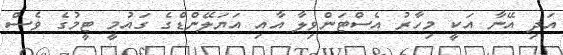
އަދި އޭނާ އަކީ މިހާރު އެސްޓަންވިލާ އާއި އަޔަލޭންޑްގެ ގައުމީ ޓީމުގެ ވެސް